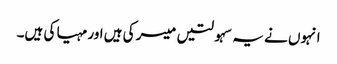
انہوں نے یہ سہولتیں میسر کی ہیں اور مہیا کی ہیں۔